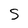
Character: s